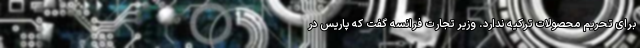
برای تحریم محصولات ترکیه ندارد. وزیر تجارت فرانسه گفت که پاریس در